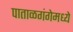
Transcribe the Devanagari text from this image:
पाताळगंगेमध्ये